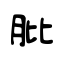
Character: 肶